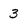
Character: 3